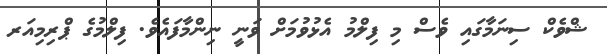
ޝްވެކް ސިނަމާގައި ވެސް މި ފިލްމު އެޅުވުމަށް ވަނީ ނިންމާފައެވެ. ފިލްމުގެ ޕްރިމިއަރ